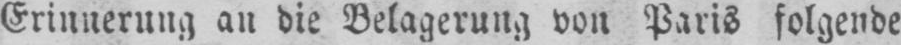
Erinnerung an die Belagerung von Paris folgende